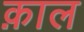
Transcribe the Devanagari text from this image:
क़ाल